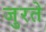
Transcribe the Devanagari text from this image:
जुरते